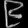
Digit: ၉